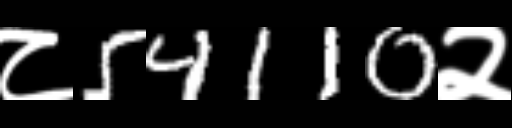
Text: ८54110२